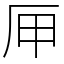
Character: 㕅